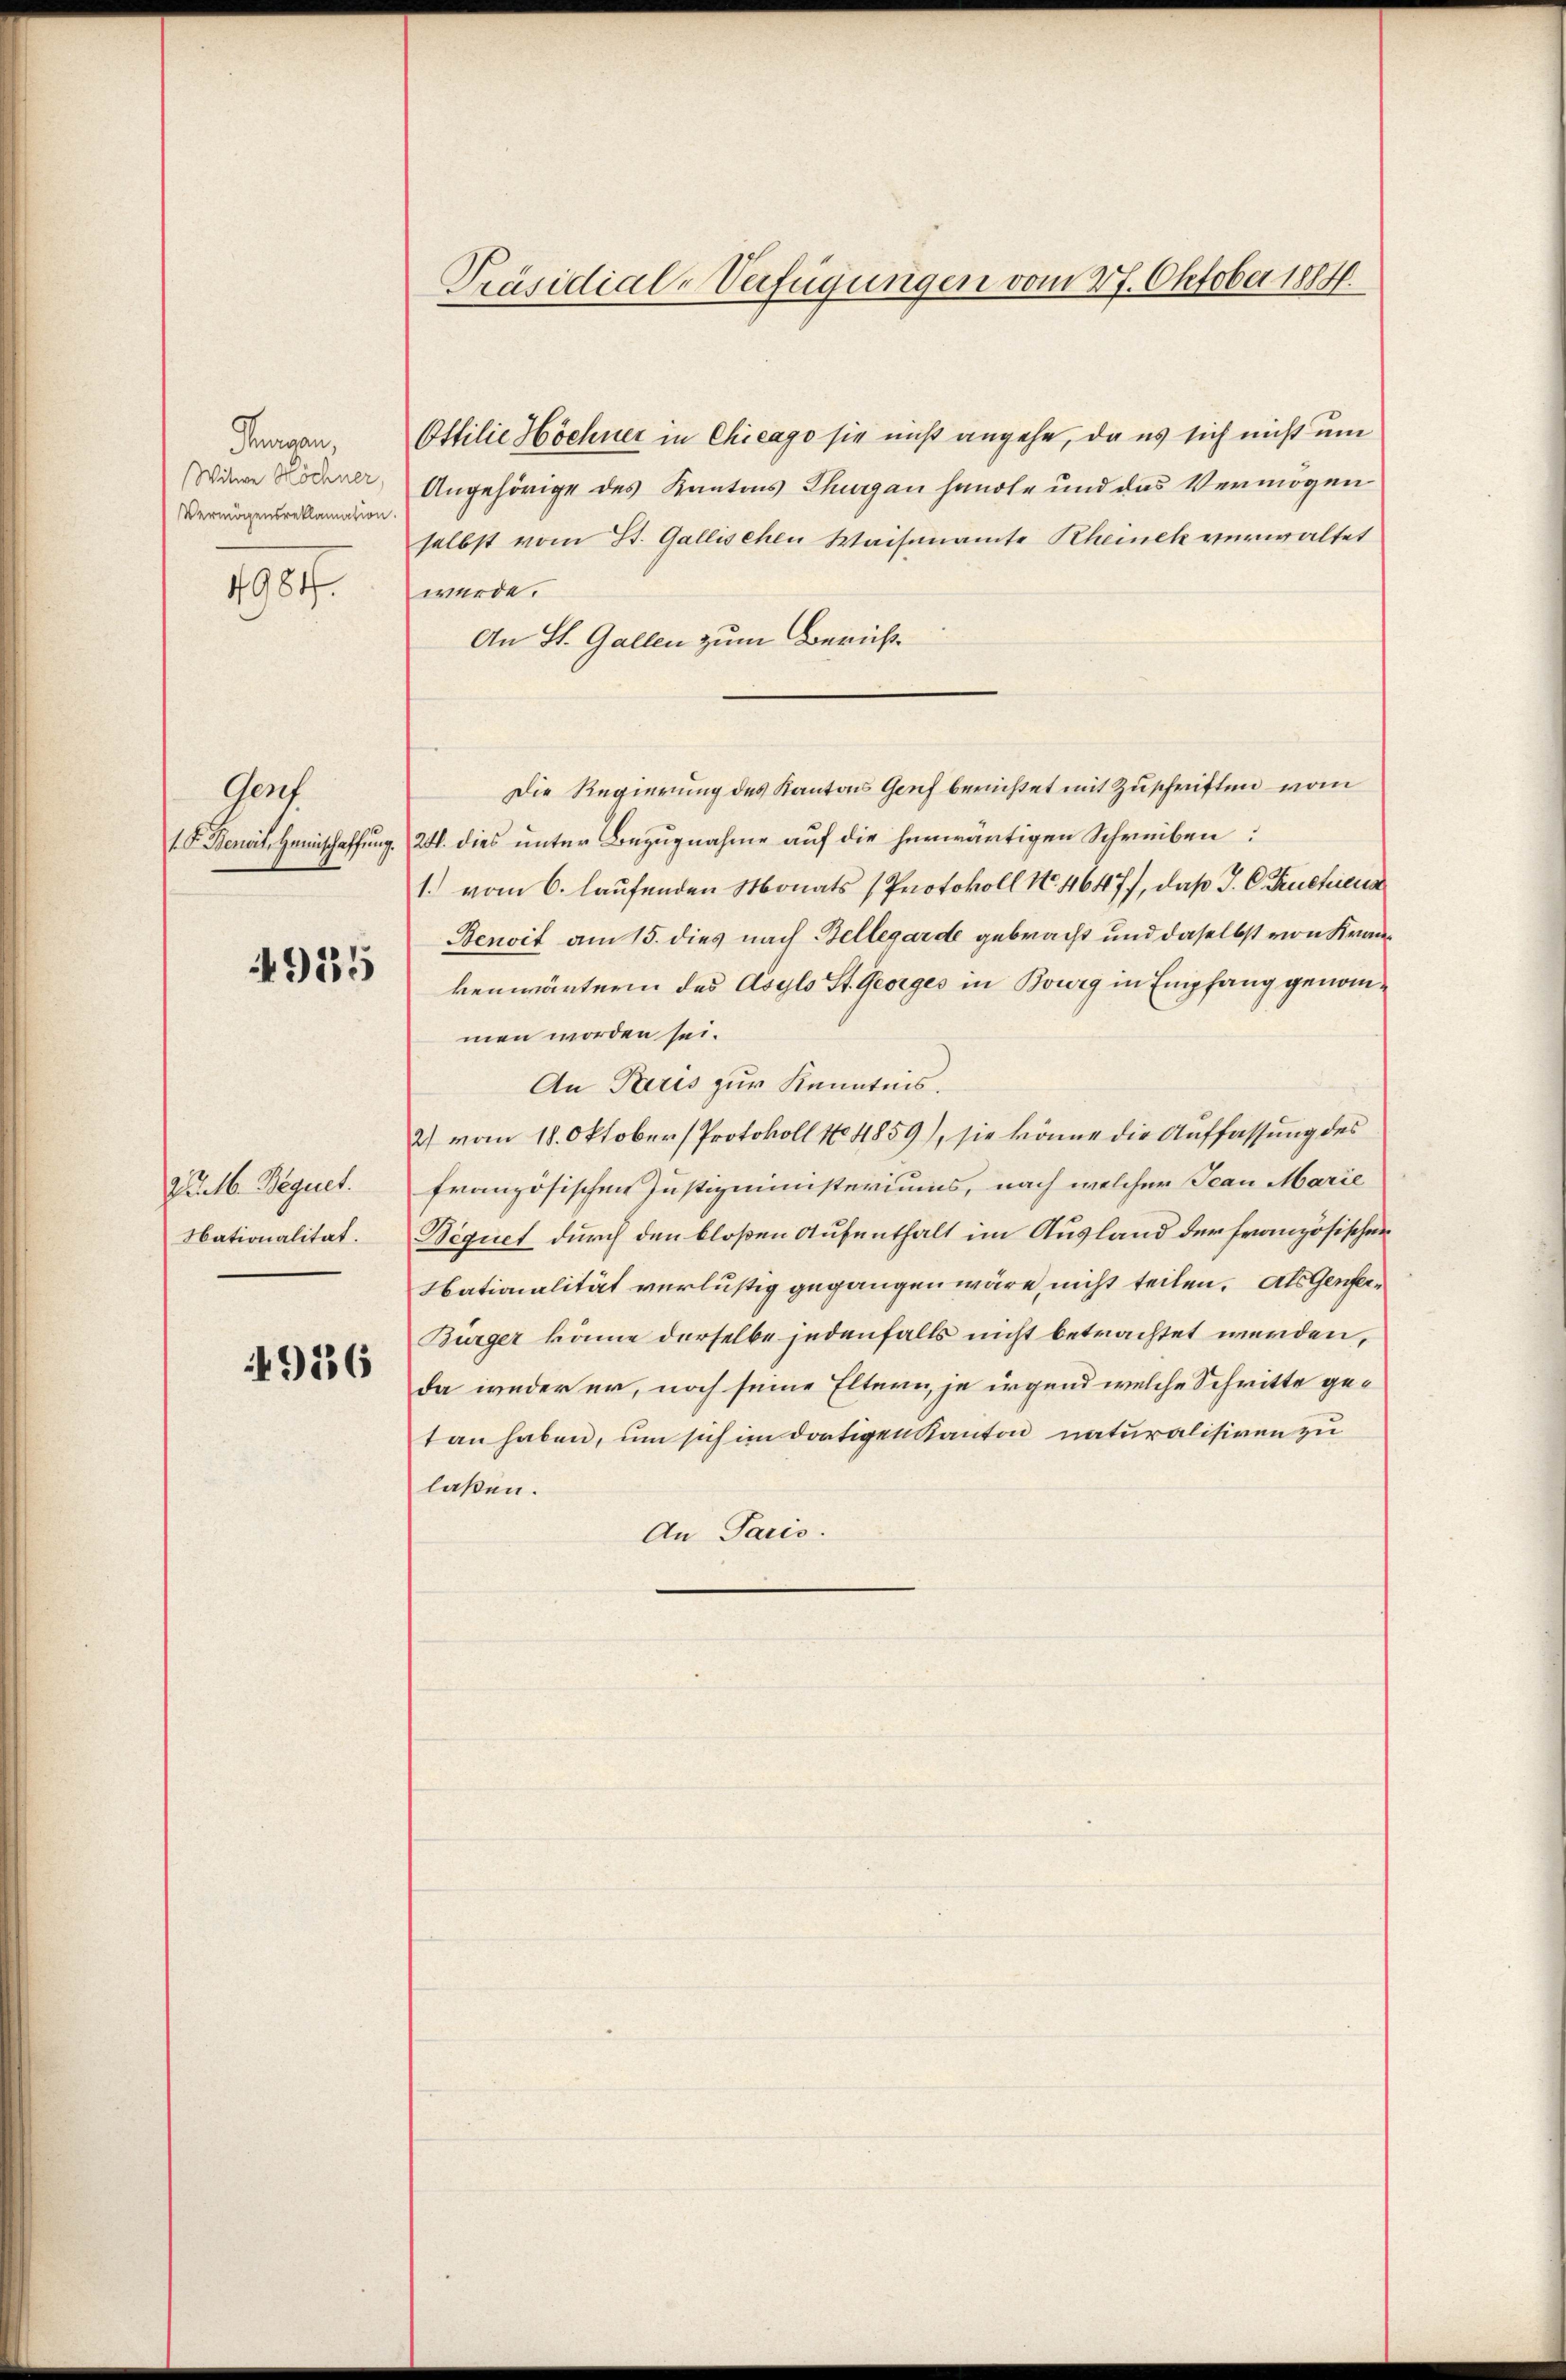
Rangen,
Witwe Höchner,
Vermögensreklamation.

1907.

Genf
1. F. Benoit, Heimschaffung.

915

Pulb. Bequet.
Nationalität.

4916

Präsidial-Verfügungen vom 27. Oktober 1884.

Ottilie Höchner in Chicago sie nicht angehe, da es sich nicht um
Angehörige des Kantons Thurgau handle und das Vermögen
selbst vom St. Gallischen Waisenamte Rheinek verwaltet
würde.
An St. Gallen zum Zürich¬
Die Regierung des Kantons Genf berichtet mit Zuschriften vom
24. dies unter Bezugnahme auf die herwärtigen Schreiben:
1. vom 6. laufenden Monats Protokoll No. 46477, daß J. C. Kuchiena
Benoit am 15. dies nach Bellegarde gebracht und daselbst von Krankenwärterin des Asyls St. Georges in Bourg in Empfang genommen worden sei.
An Paris zur Kenntnis.
2) vom 18. Oktober (Protokoll No 4859), sie könne die Auffassung des
französischen Justizministeriums, nach welcher Jean Marie
Bequet durch den bloßen Aufenthalt im Ausland der französischen
Nationalität verlustig gegangen wäre, nicht teilen. Als Genfer¬
Bürger könne derselbe jedenfalls nicht betrachtet werden,
da weder er, noch seine Eltern, je irgend welche Schritte getan haben, um sich im dortigen Kanton naturalisiren zu
laßen.
An Paris.